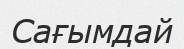
Сағымдай